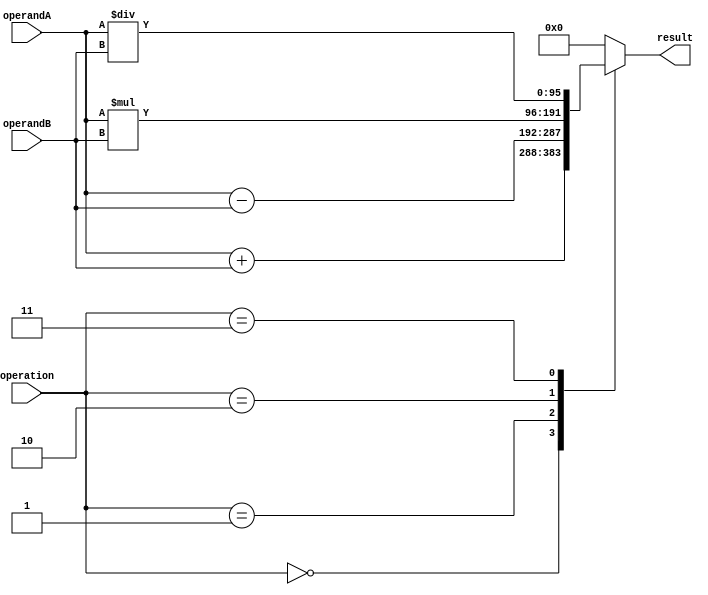
module TriplePrecisionFloatingPointUnit (
    input wire [95:0] operandA,
    input wire [95:0] operandB,
    input wire [2:0] operation,
    output reg [95:0] result
);

reg [95:0] tempResult;

always @(*)
begin
    case(operation)
        3'b000: tempResult = operandA + operandB; // Addition
        3'b001: tempResult = operandA - operandB; // Subtraction
        3'b010: tempResult = operandA * operandB; // Multiplication
        3'b011: tempResult = operandA / operandB; // Division
        // Add more cases for other arithmetic operations
        default: tempResult = 96'h0; // Default case
    endcase
end

always @(*)
begin
    result = tempResult;
end

endmodule